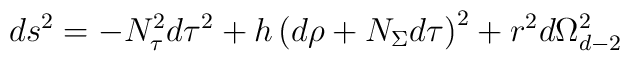
ds^{2}=-N_{\tau }^{2}d\tau ^{2}+h\left( d\rho +N_{\Sigma }d\tau \right)^{2}+r^{2}d\Omega _{d-2}^{2}